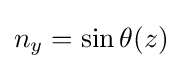
n_{y}=\sin {\theta (z)}